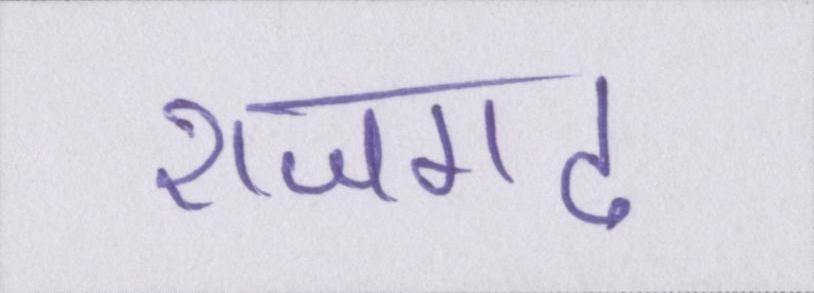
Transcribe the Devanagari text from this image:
राजगढ